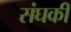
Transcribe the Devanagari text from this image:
संघकी